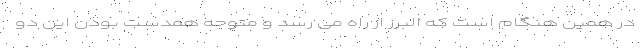
در همین هنگام است که البرز از راه می رسد و متوجه همدست بودن این دو